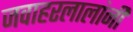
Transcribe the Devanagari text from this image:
जवाहरलालांनी